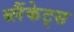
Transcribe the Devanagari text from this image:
ब्लैंकेट्स